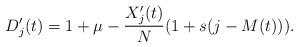
LaTeX: \begin{align*}D_j'(t) = 1 + \mu - \frac{X_j'(t)}{N}(1 + s(j - M(t))).\end{align*}